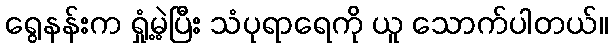
ရွေနန်းက ရှုံ့မဲ့ပြီး သံပုရာရေကို ယူ သောက်ပါတယ်။